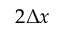
2 \Delta x